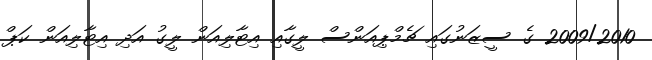
2009/2010 ގެ ސީޒަނުގައި ޗެމްޕިއަންސް ލީގާއި އިޓާލިއަން ލީގު އަދި އިޓާލިއަން ކަޕް